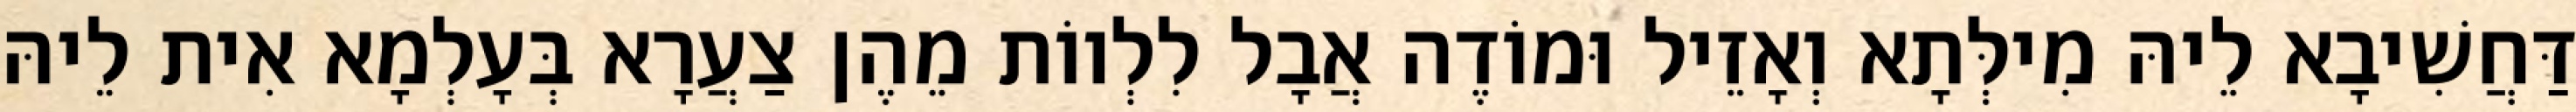
דַּחֲשִׁיבָא לֵיהּ מִילְּתָא וְאָזֵיל וּמוֹדֶה אֲבָל לִלְווֹת מֵהֶן צַעֲרָא בְּעָלְמָא אִית לֵיהּ